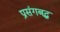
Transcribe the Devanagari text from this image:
प्रसंगबद्ध